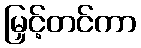
မြှင့်တင်ကာ